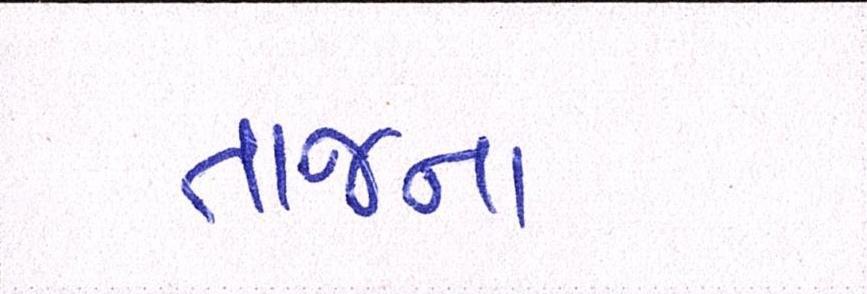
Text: તાજના